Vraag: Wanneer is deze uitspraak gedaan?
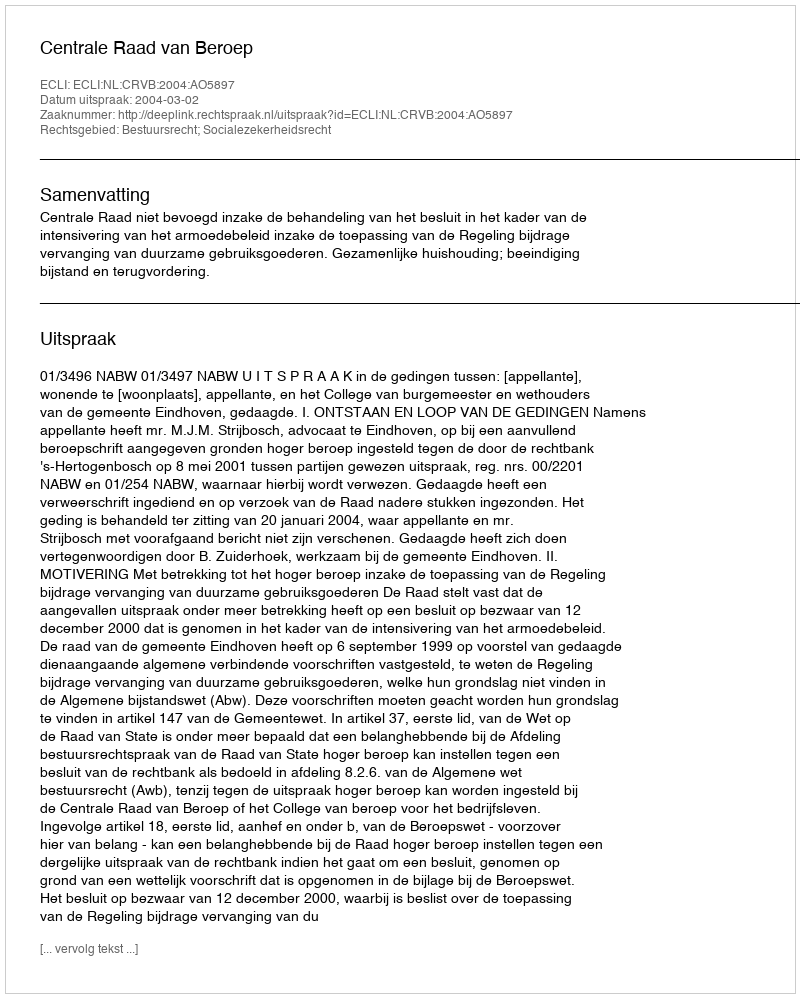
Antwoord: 2004-03-02